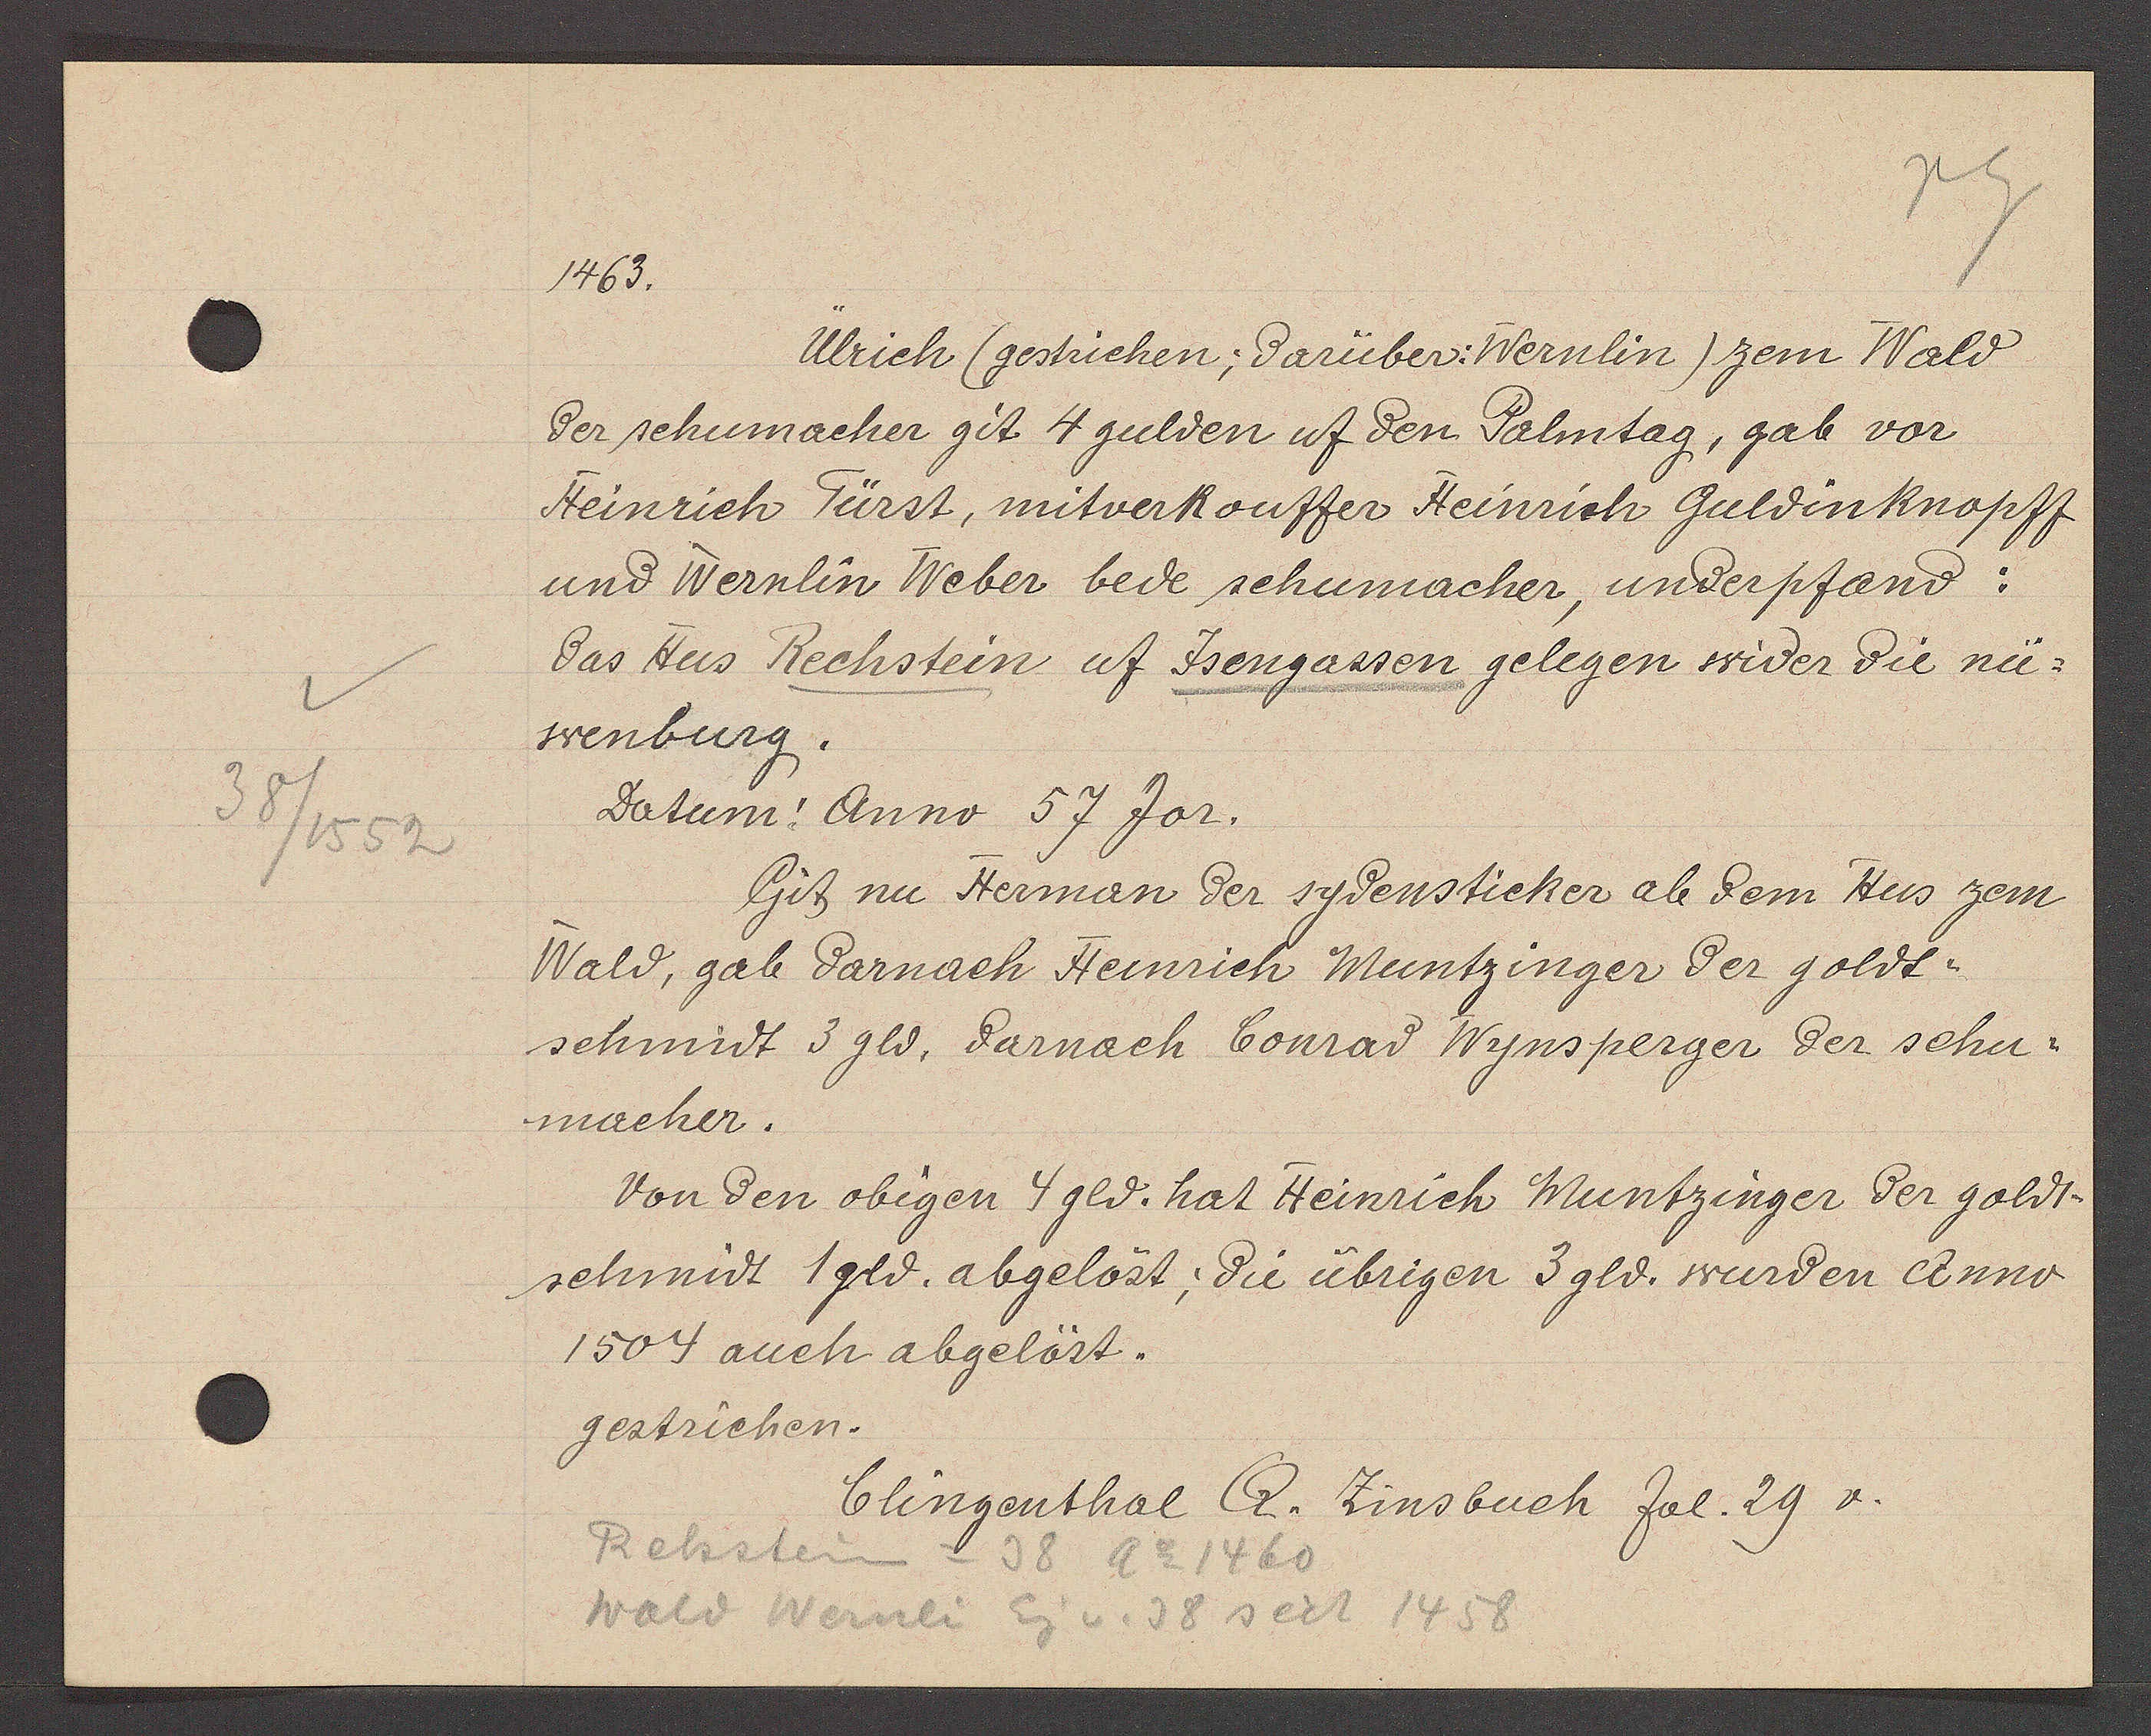
Transcript:
38/1552

1463.

Ülrich (gestrichen; darüber Wernlin) zem Wald
der schumacher git 4 gulden uf den Palmtag, gab vor
Heinrich Fürst, mitverkouffer Heinrich Guldinknopff
und Wernlin Weber bede schumacher, underpfand:
das Hus Rechstein uf Jsengassen gelegen wider die nü¬
wenburg.
Datum: Anno 57 Jor.
Git nu Hermann der sydensticker ab dem Hus zem
Wald, gab darnach Heinrich Muntzinger der goldt¬
schmidt 3 gld. darnach Conrad Wynsperger der schu¬
macher.
Von den obigen 4 gld. hat Heinrich Muntzinger der goldt¬
schmidt 1 gld. abgelöst; die übrigen 3 gld. wurden Anno
1504 auch abgelöst.
gestrichen.

Rehstein = 38 Ao 1460
Wald Wernli Eig v. 38 seit 1458

Clingenthal Q. Zinsbuch fol. 29 v.